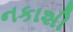
નકાશી